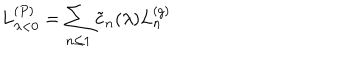
LaTeX: L _ { \lambda < 0 } ^ { ( P ) } = \sum _ { n \leq 1 } \tilde { c } _ { n } ( \lambda ) L _ { n } ^ { ( g ) }